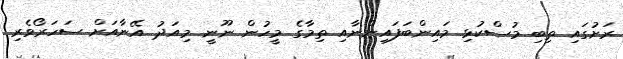
ރަށުގައި ތިބި މުސްކުޅި މައިންބަފައިންނާއި ތިމާގެ މީހުން ނޫނީ މިއަދު އޭނާއަށް ސަހަރޯވެރި